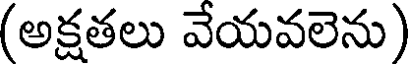
(అక్షతలు వేయవలెను)